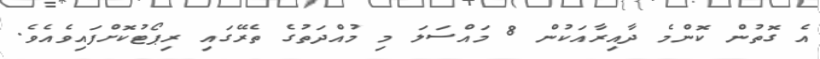
އެ ގޮތުން ކޮންމެ ދާއިރާއަކުން 8 މައްސަލަ މި މުއްދަތުގެ ތެރޭގައި ރިޕޯޓުކޮށްފައިވެއެވެ.